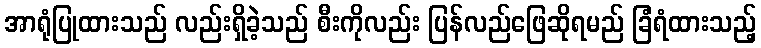
အာရုံပြုထားသည် လည်းရှိခဲ့သည် စီးကိုလည်း ပြန်လည်ဖြေဆိုရမည် ခြံရံထားသည့်